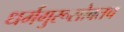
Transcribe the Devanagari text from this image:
धर्मगुरूसोबतच